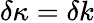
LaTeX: \delta\kappa=\delta k